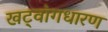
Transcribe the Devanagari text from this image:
खट्‌वांगधारण